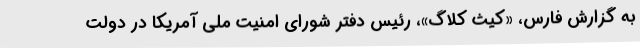
به گزارش فارس، «کیث کلاگ»، رئیس دفتر شورای امنیت ملی آمریکا در دولت